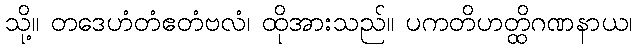
သို့။ တဒေဟံတံဧတံဗလံ၊ ထိုအားသည်။ ပကတိဟတ္ထိဂဏနာယ၊